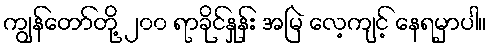
ကျွန်တော်တို့ ၂၀၀ ရာခိုင်နှုန်း အမြဲ လေ့ကျင့် နေရမှာပါ။